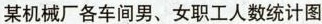
某机械厂各车间男、女职工人数统计图